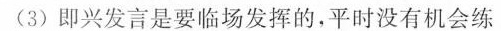
(3)即兴发言是要临场发挥的，平时没有机会练